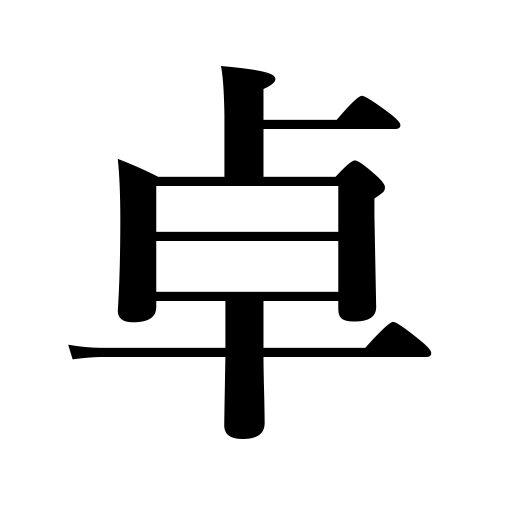
Meanings: desk,table,high